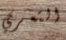
التعري